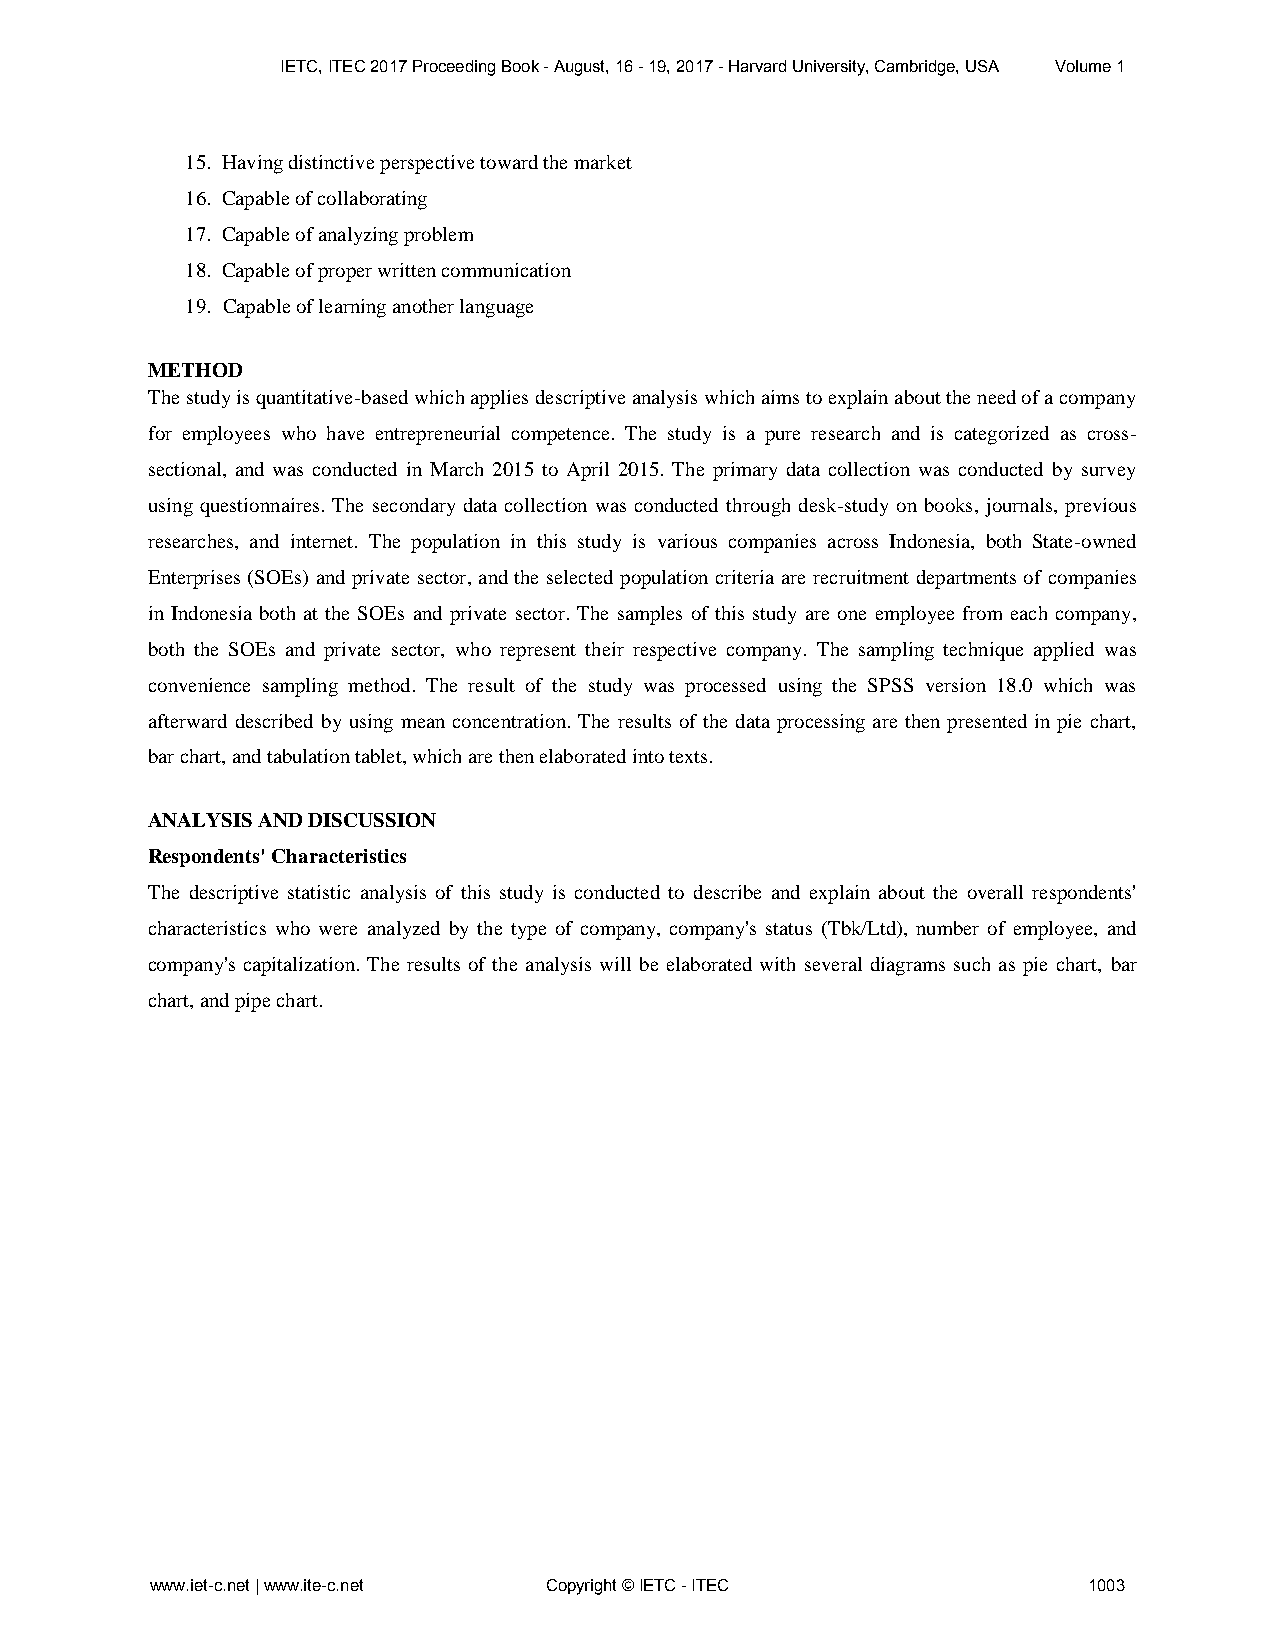
IETC, ITEC 2017 Proceeding Book - August, 16 - 19, 2017 - Harvard University, Cambridge, USA Volume 1
 15. Having distinctive perspective toward the market
 16. Capable of collaborating
 17. Capable of analyzing problem
 18. Capable of proper written communication
 19. Capable of learning another language
 METHOD
 The study is quantitative-based which applies descriptive analysis which aims to explain about the need of a company
 for employees who have entrepreneurial competence. The study is a pure research and is categorized as cross-
 sectional, and was conducted in March 2015 to April 2015. The primary data collection was conducted by survey
 using questionnaires. The secondary data collection was conducted through desk-study on books, journals, previous
 researches, and internet. The population in this study is various companies across Indonesia, both State-owned
 Enterprises (SOEs) and private sector, and the selected population criteria are recruitment departments of companies
 in Indonesia both at the SOEs and private sector. The samples of this study are one employee from each company,
 both the SOEs and private sector, who represent their respective company. The sampling technique applied was
 convenience sampling method. The result of the study was processed using the SPSS version 18.0 which was
 afterward described by using mean concentration. The results of the data processing are then presented in pie chart,
 bar chart, and tabulation tablet, which are then elaborated into texts.
 ANALYSIS AND DISCUSSION
 Respondents' Characteristics
 The descriptive statistic analysis of this study is conducted to describe and explain about the overall respondents'
 characteristics who were analyzed by the type of company, company's status (Tbk/Ltd), number of employee, and
 company's capitalization. The results of the analysis will be elaborated with several diagrams such as pie chart, bar
 chart, and pipe chart.
 www.iet-c.net | www.ite-c.net Copyright © IETC - ITEC         1003